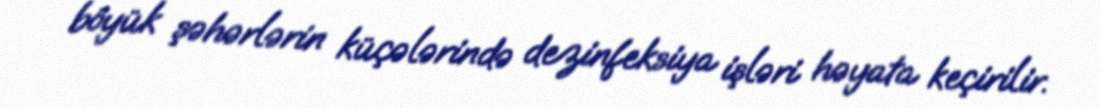
böyük şəhərlərin küçələrində dezinfeksiya işləri həyata keçirilir.